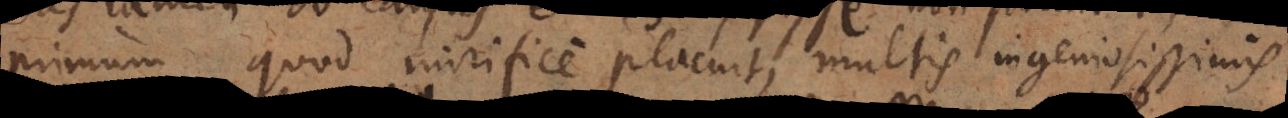
primum quod mirifice placuit, multis ingeniosissimis